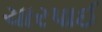
ચારપાઈ